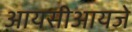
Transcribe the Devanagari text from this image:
आयसीआयजे